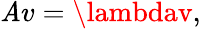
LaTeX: \mathit{A}v=\lambdav,